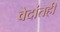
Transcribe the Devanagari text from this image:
वेदांतही